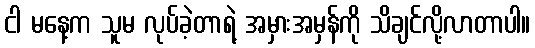
ငါ မနေ့က သူမ လုပ်ခဲ့တာရဲ့ အမှားအမှန်ကို သိချင်လို့လာတာပါ။